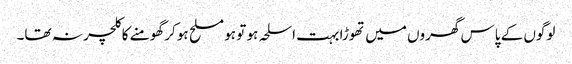
لوگوں کے پاس گھروں میں تھوڑا بہت اسلحہ ہو تو ہو مسلح ہو کر گھومنے کا کلچر نہ تھا۔